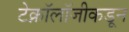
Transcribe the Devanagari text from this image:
टेक्नॉलॉजीकडून